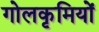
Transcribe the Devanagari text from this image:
गोलकृमियों